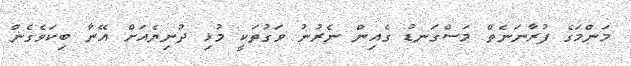
މަންމަގެ ފުރާނަނެތް މަސްގަނޑު ގެއިން ނެރުނު ވަގުތަކީ މުޅި ދުނިޔެއަށް އޭނާ ބިކަވެގެން